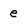
Character: e